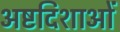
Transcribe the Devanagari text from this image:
अष्टदिशाओं